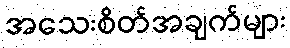
အသေးစိတ်အချက်များ